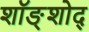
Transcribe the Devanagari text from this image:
शॉङ्शोद्